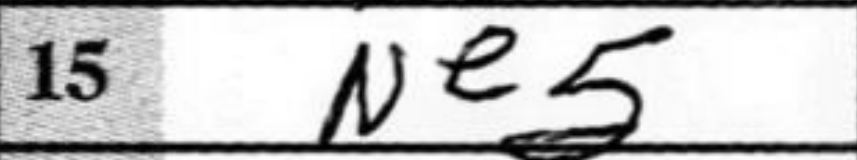
Transcription: Ne5